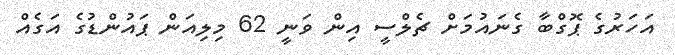
އަހަރުގެ ޕޮގްބާ ގެނައުމަށް ޗެލްސީ އިން ވަނީ 62 މިލިއަން ޕައުންޑުގެ އަގެއް